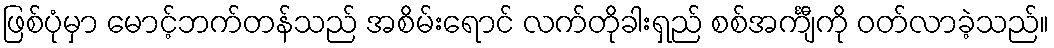
ဖြစ်ပုံမှာ မောင့်ဘက်တန်သည် အစိမ်းရောင် လက်တိုခါးရှည် စစ်အင်္ကျီကို ဝတ်လာခဲ့သည်။